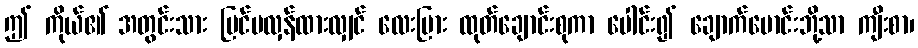
ဤ ကိုယ်၏ အတွင်းသား ပြင်ပလှန်ထားလျှင် လေးမြား ထုတ်ချောင်းစုကာ ပေါင်း၍ ချောက်မောင်းဘို့သာ ကျီးစာ၊